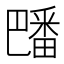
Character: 𪽡